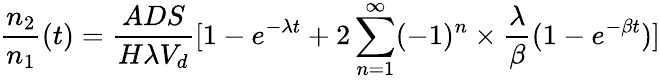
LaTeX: \frac{n_{2}}{n_{1}}(t)=\frac{ADS}{H\lambda V_{d}}[1-e^{-\lambda t}+2\sum_{n=1}^{\infty}(-1)^{n}\times\frac{\lambda}{\beta}(1-e^{-\beta t})]